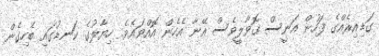
ގަޑިއިރެއްގެ ފަހުން އަނީސް ގޮވާލީވެސް އޭނާ އެހެން އޮއްވައެވެ. ހިޔާލުގެ ކަނޑުގައި ބެހިގެން